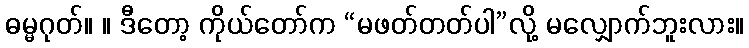
ဓမ္မဂုတ်။ ။ ဒီတော့ ကိုယ်တော်က “မဖတ်တတ်ပါ”လို့ မလျှောက်ဘူးလား။